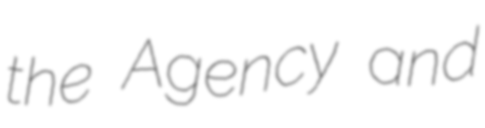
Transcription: the Agency and